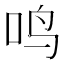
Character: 鸣